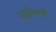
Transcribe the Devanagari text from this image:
धानिवरी